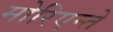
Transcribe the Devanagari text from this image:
मोरिएन्ते